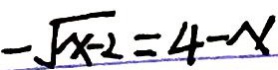
- \sqrt { x - 2 } = 4 - x